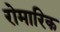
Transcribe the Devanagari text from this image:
रोमारिक